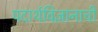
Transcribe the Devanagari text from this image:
पदार्थविज्ञानाची